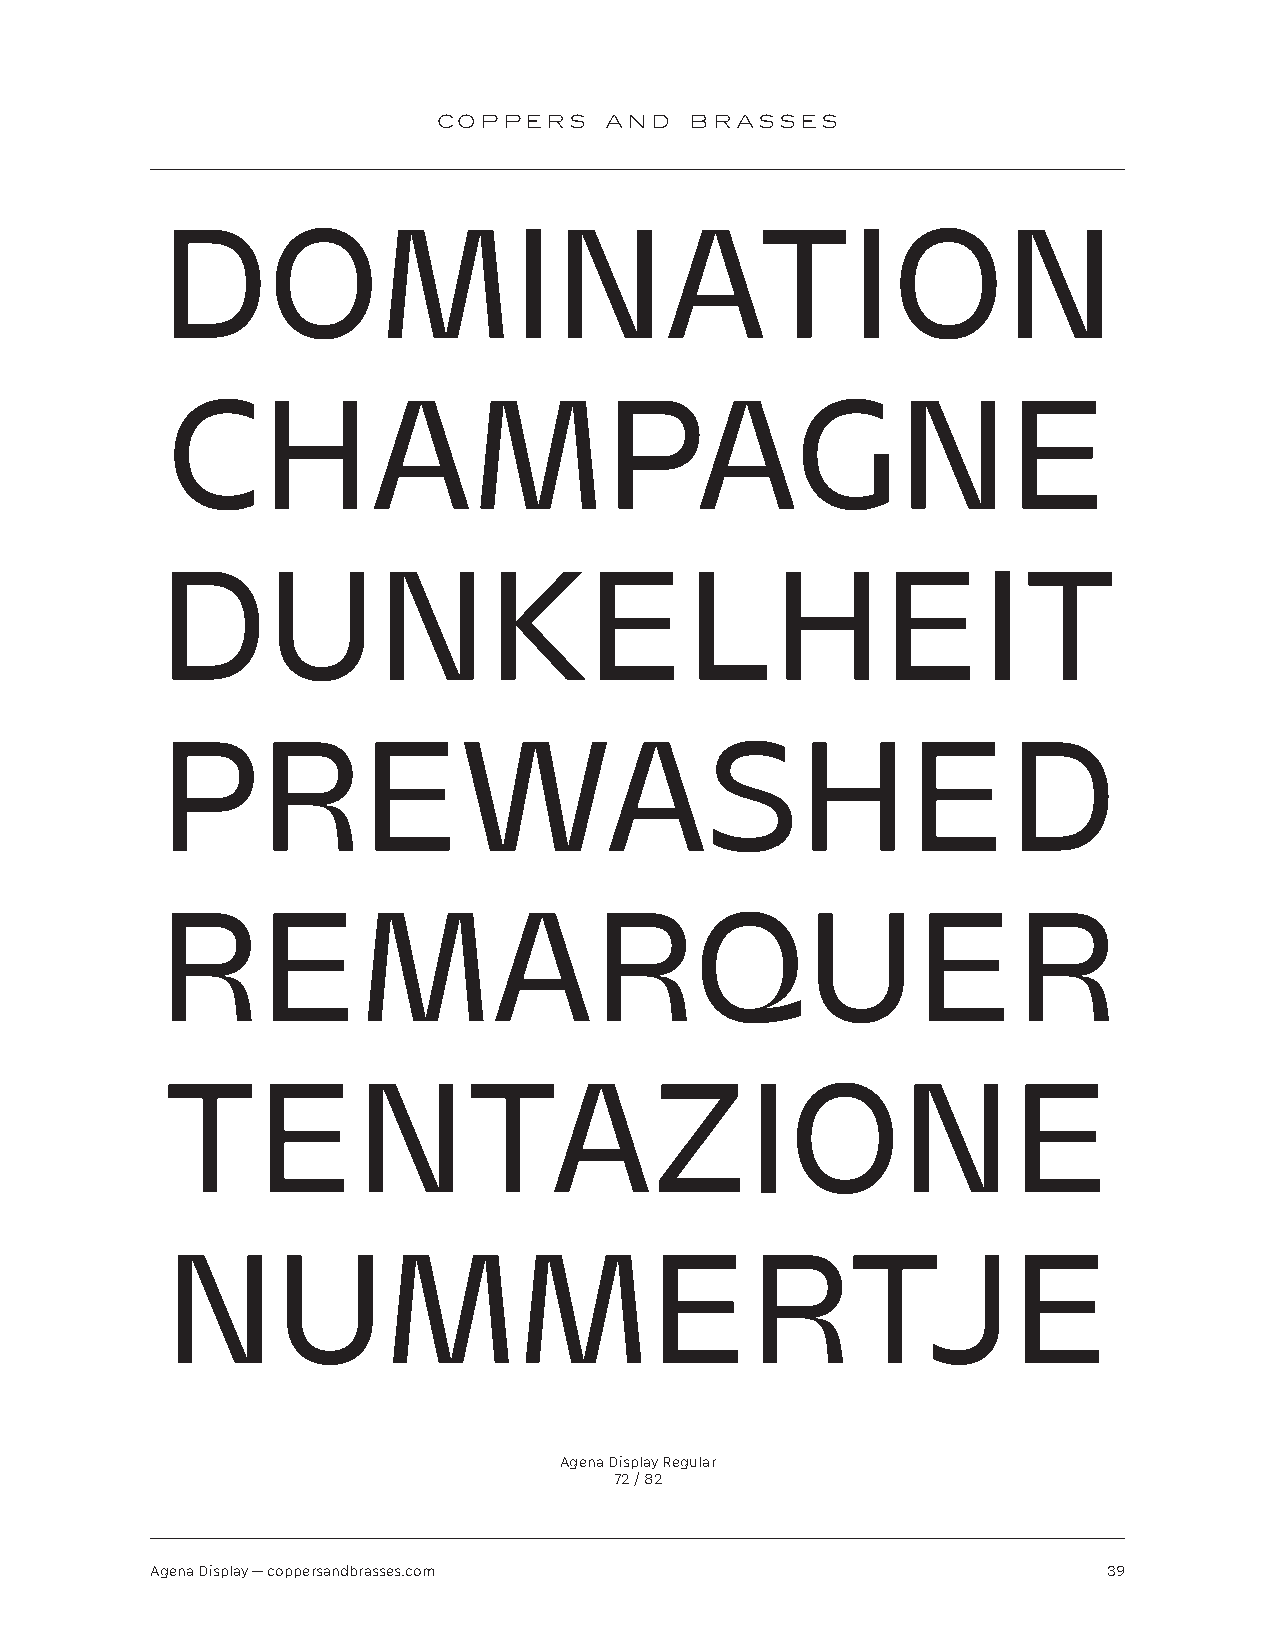
COPPERS    AND   BRASSES
 DOMINATION
 CHAMPAGNE
 DUNKELHEIT
 PREWASHED
 REMARQUER
 TENTAZIONE
 NUMMERTJE
 Agena Display Regular
 72 / 82
 Agena Display — coppersandbrasses.com                          39